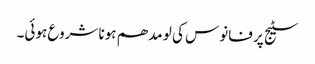
سٹیج پر فانوس کی لو مدھم ہونا شروع ہوئی۔